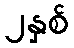
၂နှစ်